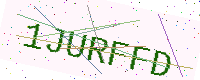
Text: 1JURFFD